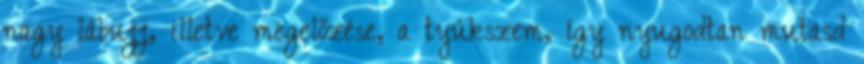
nagy lábujj, illetve megelőzése, a tyúkszem, így nyugodtan mutasd